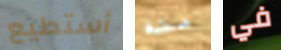
أستطيع منه في